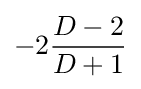
-2{D-2 \over {D+1}}